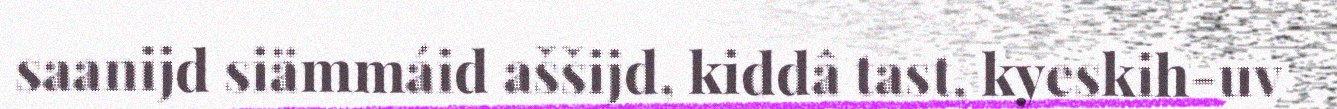
saanijd siämmáid aššijd, kiddâ tast, kyeskih-uv